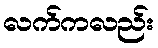
လက်ကလည်း